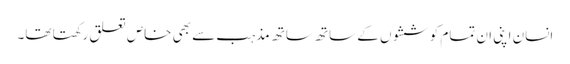
انسان اپنی ان تمام کوششوں کے ساتھ ساتھ مذہب سے بھی خاص تعلق رکھتا تھا۔